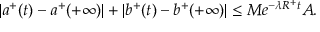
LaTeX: | a ^ { + } ( t ) - a ^ { + } ( + \infty ) | + | b ^ { + } ( t ) - b ^ { + } ( + \infty ) | \leq M e ^ { - \lambda R ^ { + } t } A .